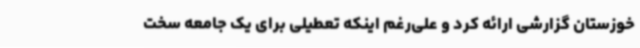
خوزستان گزارشی ارائه کرد و علی‌رغم اینکه تعطیلی برای یک جامعه سخت